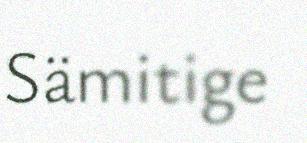
Sämitige